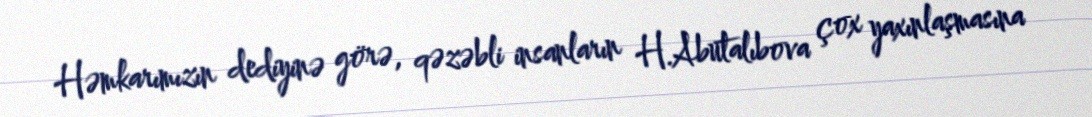
Həmkarımızın dediyinə görə, qəzəbli insanların H.Abutalıbova çox yaxınlaşmasına